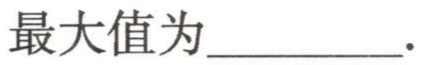
最大值为\underline{\qquad\qquad}.